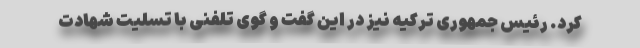
کرد. رئیس جمهوری ترکیه نیز در این گفت و گوی تلفنی با تسلیت شهادت